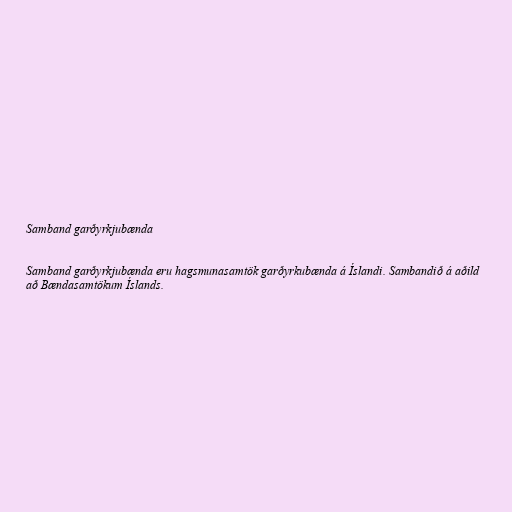
Samband garðyrkjubænda

Samband garðyrkjubænda eru hagsmunasamtök garðyrkubænda á Íslandi. Sambandið á aðild
að Bændasamtökum Íslands.